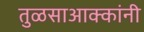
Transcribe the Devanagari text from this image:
तुळसाआक्कांनी